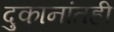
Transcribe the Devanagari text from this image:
दुकानांतही